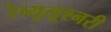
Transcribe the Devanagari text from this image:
रेव्यूलूश्नरी